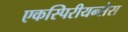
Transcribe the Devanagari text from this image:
एकस्पिरीयन्सेस